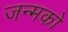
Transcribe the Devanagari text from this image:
जन्मको